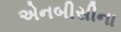
એનબીસીના